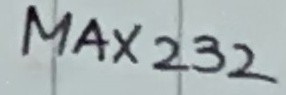
Text: MAX232